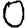
Digit: 0